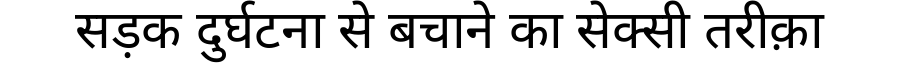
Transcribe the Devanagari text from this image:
सड़क दुर्घटना से बचाने का सेक्सी तरीक़ा